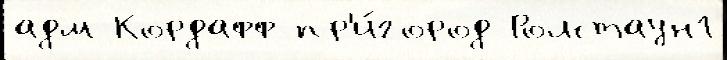
адм Кордафф пр'и́город Ролстаун1